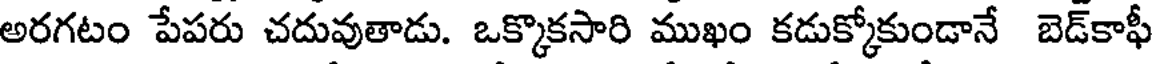
అరగటం పేపరు చదువుతాడు. ఒక్కొకసారి ముఖం కడుక్కోకుండానే బెడ్కాఫీ